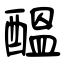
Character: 醞